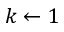
k \gets 1